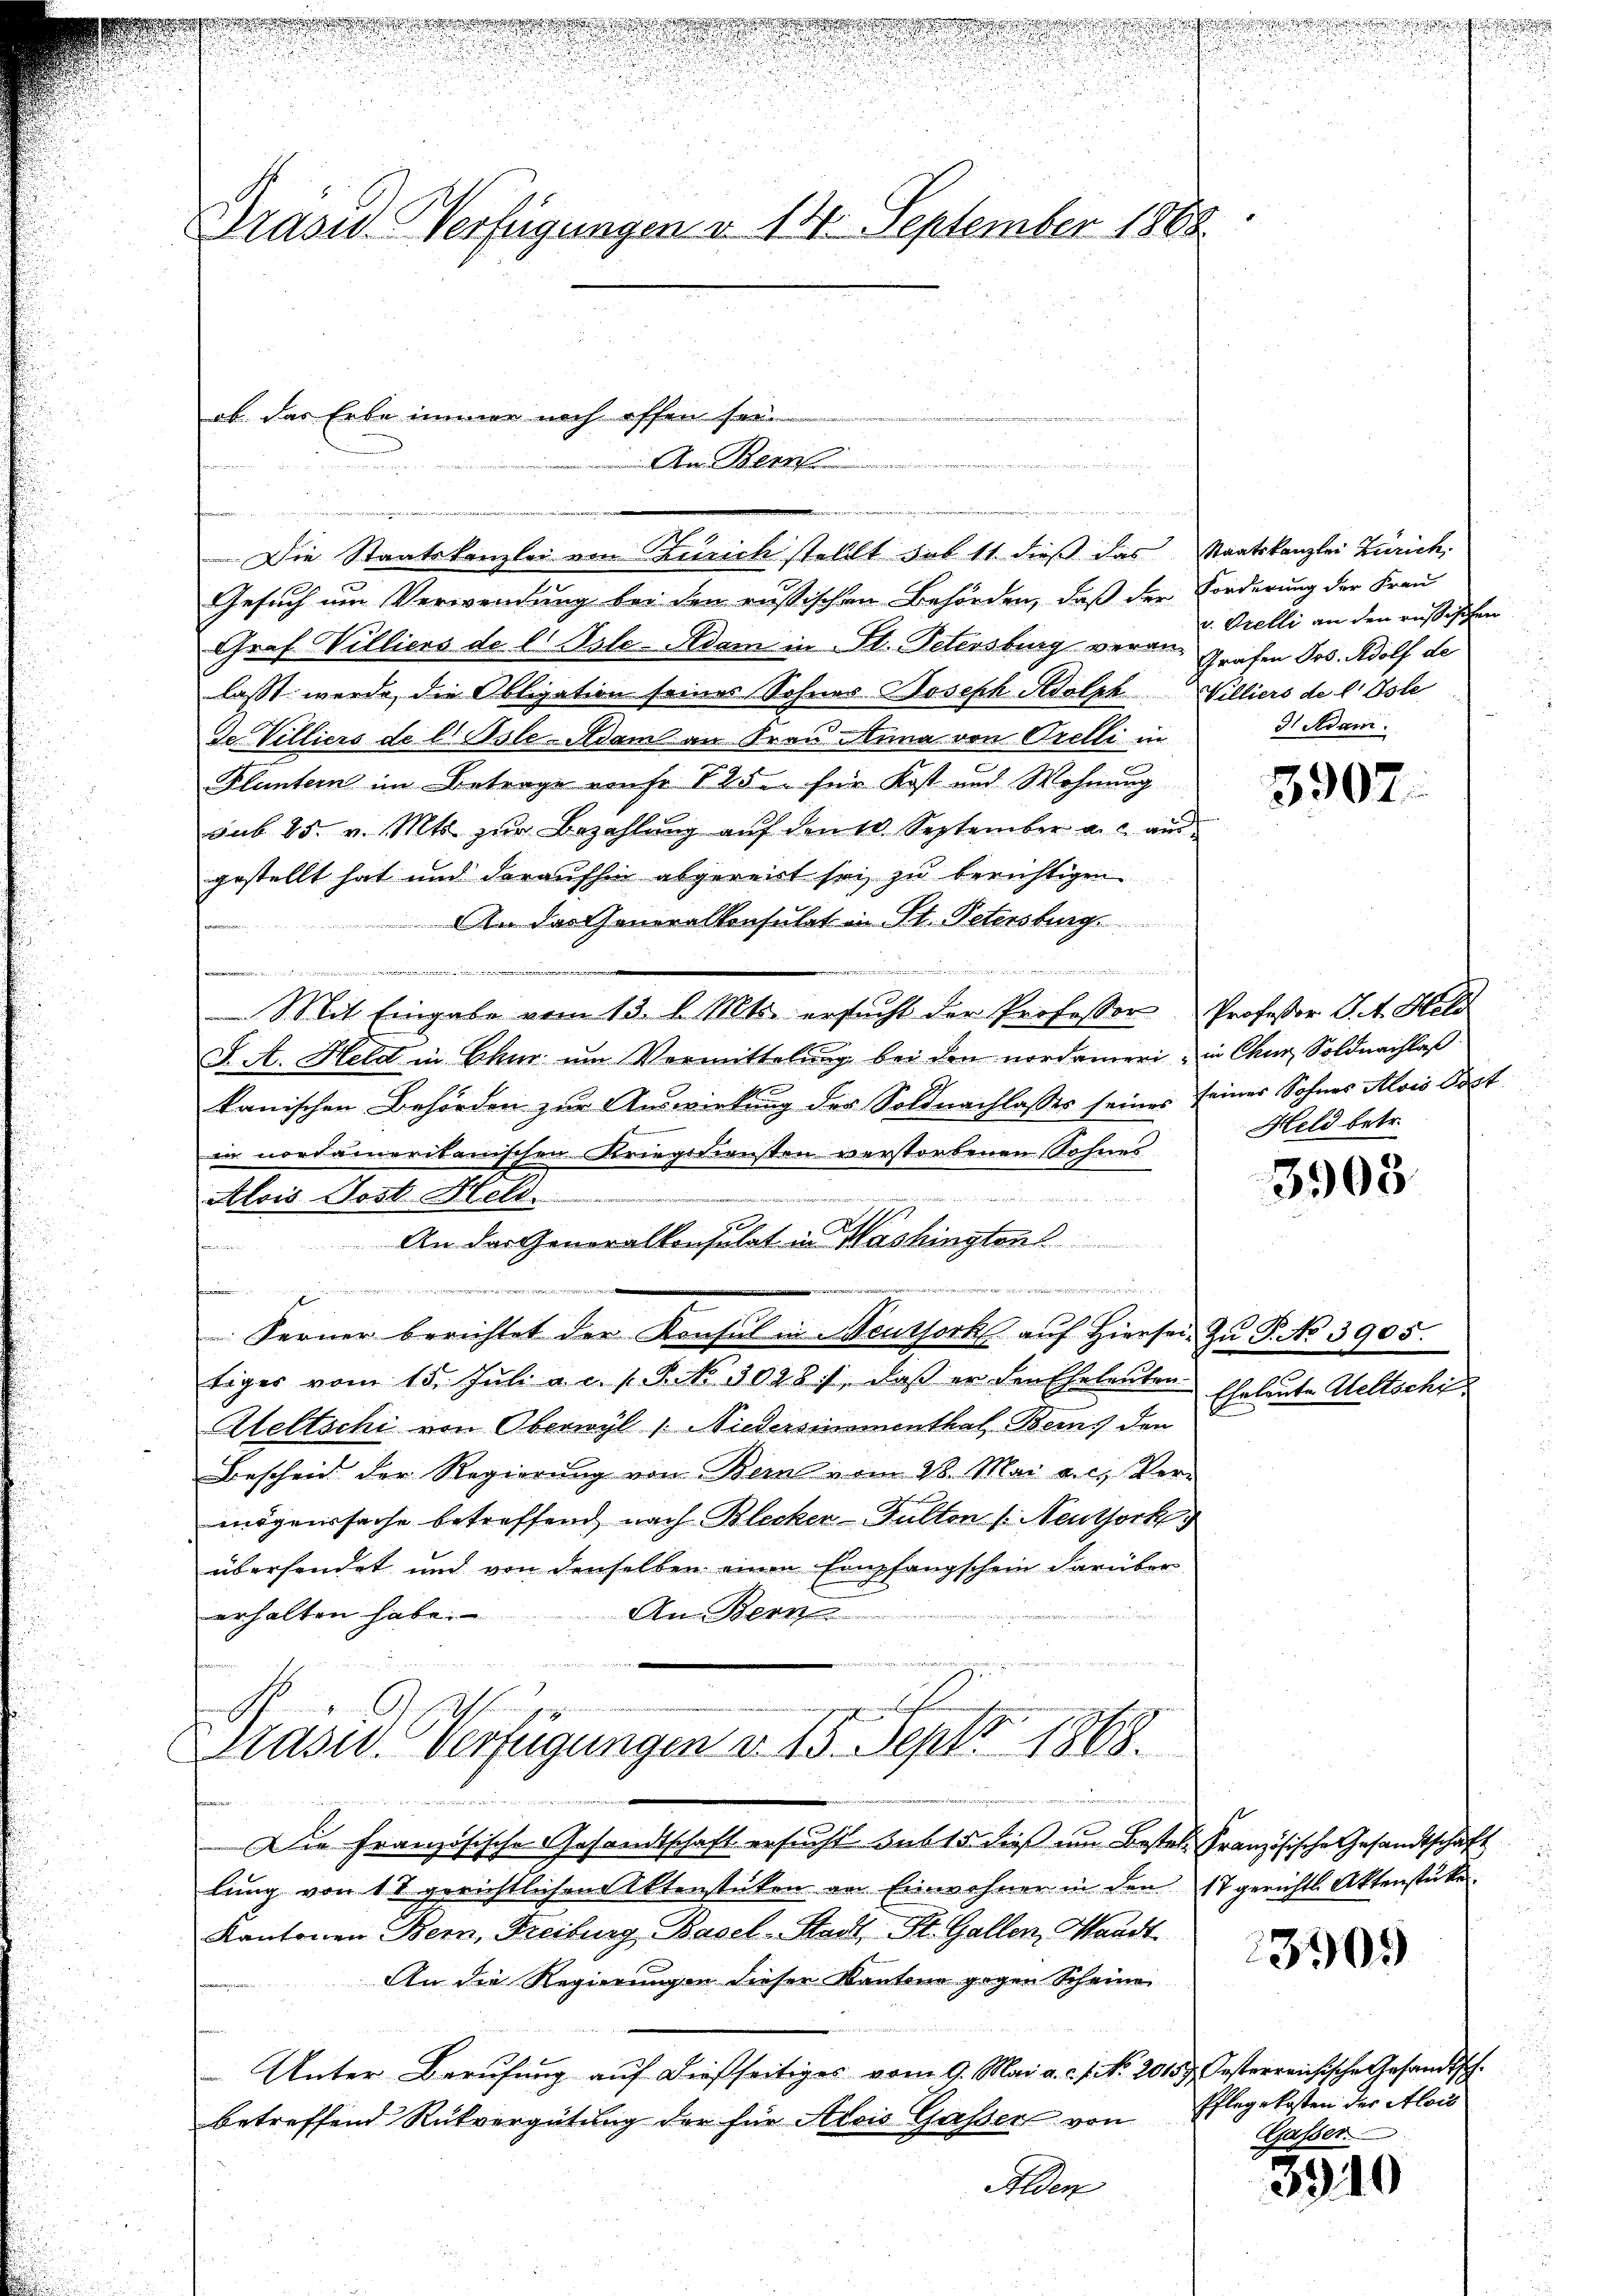
Präsid. Verfügungen u. 14. September 1868

ob das Erbe immer noch offen sei.
An Bern

.
f
Die Staatskanzlei ein Zürich stellt hab 11 dieß das Staatskanzlei Zürich,
Gesuch um Verwendung bei den russischen Behörden, daß der Forderung der Frau
Graf Williers de l. Jsle-Adam in Fl. Petersburg veran- Grafen Jos. Adolf de
lasst werde, die Obligation seines Sohnes Joseph Adolph Williers de l. Oste
de. Villiers de l. Osle Adam an Frau Anna von Orelli in
Fluntern im Betrage von fr. 125 für Kost und Wohnung
sub 25. v. Mts. zŭr Bezahlŭng aŭf den 10. September a. c. aus
gestellt hat und daraufhin abgereist sei, zu berichtigen
An das Generalkonsulat in St. Petersburg

n
u
Mit Eingabe vom 13. d. Mts. ersŭcht der Professor Profeßor J. A. Hel
J. A. Held in Chur um Vermittelung bei den nordameri, in Chur Soldnachlaß
kanischen Behörden zur Auswirkung des Soldnachlasses seines seiner Sohnes Alois Post
d
in nordamerikanischen Kriegsdiensten verstorbenen Sohnes
Alois Post. Hell
An der Generalkonsulat in Washingtons
henen
i
f

 Ferner berichtet der Konsul in Neutserke auf Hiersei. Zu P. No 3905.
tiger vom 15. Juli a. c. p. P. No. 3028), daß er den Eheleuten
Aeltschi von Oberwyl 1. Niedersimmenthal. Beins den
Bescheid der Regierung von Bern vom 28. Mai a.c. Ver-
mögenssache betreffend nach Blecker-Fulten /: Neuthork
übersendet und von denselben einen Empfangschein darüber

An Bern
erhalten habe.
Präser Verfügungen d. 15. Sept. 1868.
unden
Die Französische Gesandtschaft ersucht sub 15 dieß im Bestel Französische Gesandtschaft
lung von 18 gerichtlichen Aktenstücken an Einwohner in den 17 gerichtl. Aktenstüke
Kantonen Bern, Freiburg, Basel-Stadt, St. Gallen, Waadt
An die Regierungen dieser Kantone gegen Scheine
Unter Berŭfŭng aŭf dießseitiges vom 9. Mai a. c. No 20157. Oesterreichische Gesandts
betreffend Rückvergütung der für Alois Gasser von Pflegekosten der Alois
Sohlen

ß
u
u

h

v. Orelli an den russischen
d Adam

Held betr.

Eheleute Weltschi

3907.

3908

390.

3310

Gasser.

.

d